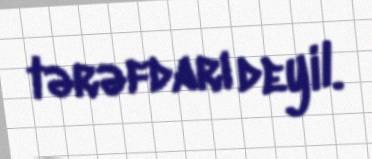
tərəfdarı deyil.